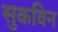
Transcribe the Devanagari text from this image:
सुकविन